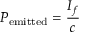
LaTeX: P _ { \mathrm { e m i t t e d } } = { \frac { I _ { f } } { c } }